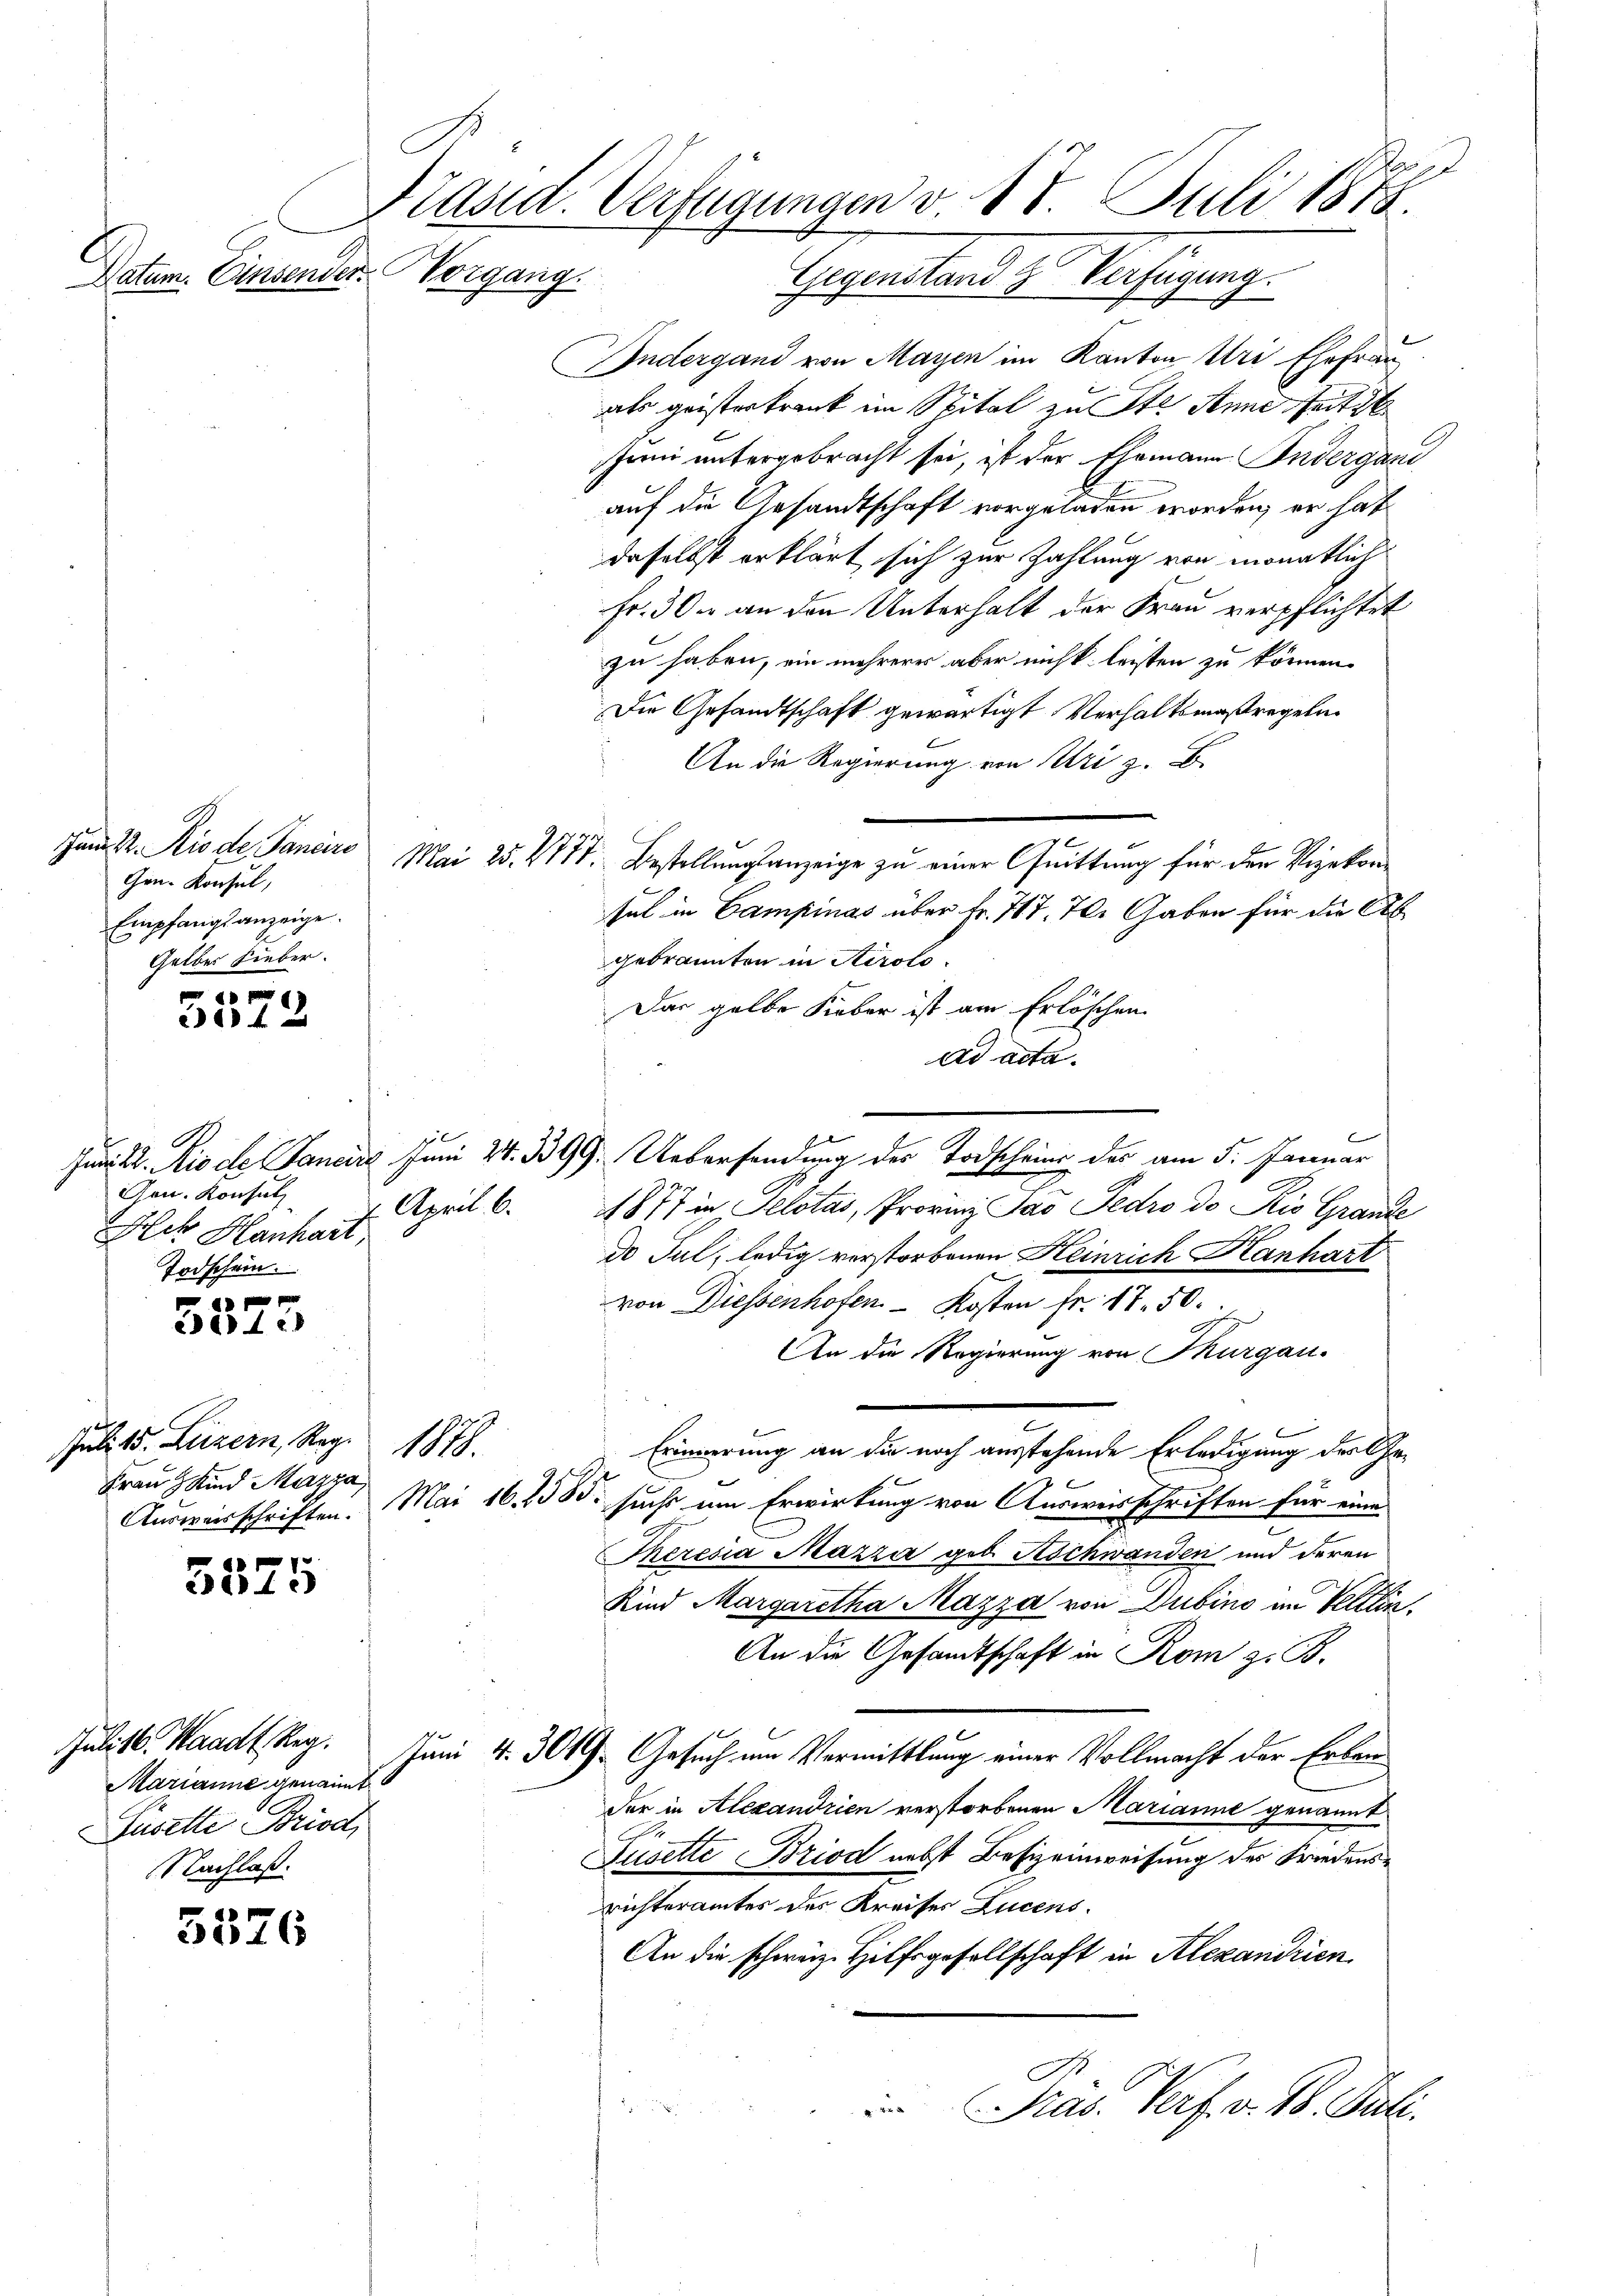
Datum. Einsender Vorgang.

Zum 22. Rio de Pancire
Gen. Konsul,
Empfangsanzeige.
Gelber Lieber.

211 f 2

Gen. Konsul
Ach Hanhart,
Todschein.

24t

Juli d. Luzern, Reg.
Frau Kind Mazza

21.
3113

Marianne genannt.
Jusette Briod
Nachlaß.

3576

f
Präsid. Verfügungen v. 18 Juli 1878.
Gegenstand & Verfügung.

101

Andergand von Mayen im Kanton Uri Ehefrau
als geisterkrank im Spital zu ste Anne seiti
Juni untergebracht sei, ist der Ehemann Indergani
auf die Gesandtschaft vorgeladen worden, er hat
daselbst erklärt sich zur Zahlung von monatlich
Fr. 300 an den Unterhalt der Frau verpflichtet
zu haben, ein mehreres aber nicht leisten zu können.
Die Gesandtschaft gewärtigt Verhaltsmaßregeln
An die Regierung von Uri z. B.
Mai 25. 477. Bestellungsanzeige zu einer Quittung für den Vizekonsel in Campinas über Fr. 717. Jb. Gaben für die Ab
gebrannten in Airolo.
Das gelbe Fieber ist am Erlöschen
ad acta.
Juni d. Rio de Janeir Juni 24. 399. Uebersendung des Todscheine das am 5. Januar
April 6. 1877 in Selotas, Provinz Sao Pedro de Ris Grande
do Jul, ledig verstorbenen Heinrich Hanhart
von Diessenhofen Kosten fr. 17. 50.
An die Regierung von Thurgau.
Erinnerung an die noch ausstehende Erledigung der Ge¬
Ausweisschriften. Mai 16. 258. suchs um Erwirkung von Ausweisschriften für eine
Theresia Mazza geb. Aschwanden und deren
Kind Margaretha Mazza von Dubino am Veltlin,
An die Gesandtschaft in Rom z. B.
Julist. Waadt, Reg. Juni 4. 309. Gesuch um Vermittlung einer Vollmacht der Erben
Der in Alexandrien verstorbenen Marianne genannt
Jusette Briod nebst Besizeinweisung des Friedensrichteramtes des Kreises Lucens.
An die schweiz. Hilfsgesellschaft in Alexandrien
Präs. Verf. v. 18. Juli.